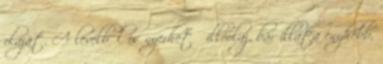
olaját. A levélből is nyerhető illóolaj, bár illata enyhébb,